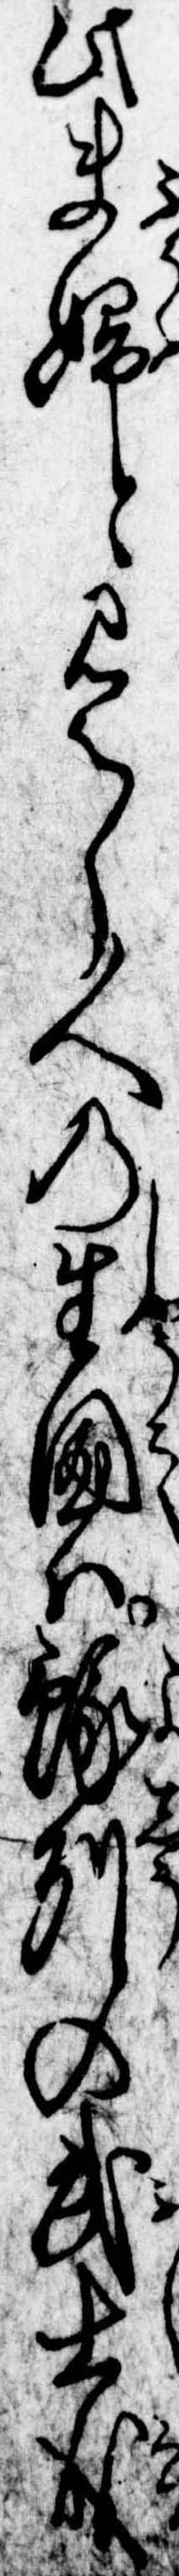
此夫婦と見えし人の生国は予州の武士成